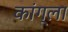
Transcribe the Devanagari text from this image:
कांग्ला